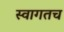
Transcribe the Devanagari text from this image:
स्‍वागतच